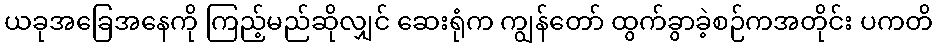
ယခုအခြေအနေကို ကြည့်မည်ဆိုလျှင် ဆေးရုံက ကျွန်တော် ထွက်ခွာခဲ့စဉ်ကအတိုင်း ပကတိ